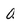
Character: 0